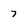
Character: 7